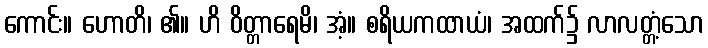
ကောင်း။ ဟောတိ၊ ၏။ ဟိ ဝိတ္တာရေမိ၊ အံ့။ စရိယကထာယံ၊ အထက်၌ လာလတ္တံ့သော